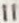
Text: 11